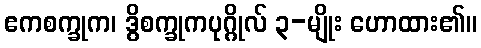
ဧကစက္ခုက၊ ဒွိစက္ခုကပုဂ္ဂိုလ် ၃-မျိုး ဟောထား၏။